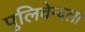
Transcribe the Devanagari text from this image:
पुलिवेन्दला